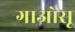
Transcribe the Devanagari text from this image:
गाओसू